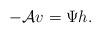
LaTeX: \begin{align*}-\mathcal A v = \Psi h.\end{align*}